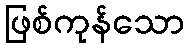
ဖြစ်ကုန်သော